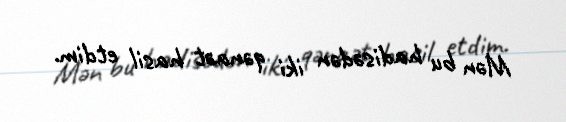
Mən bu hadisədən iki qənaət hasil etdim.